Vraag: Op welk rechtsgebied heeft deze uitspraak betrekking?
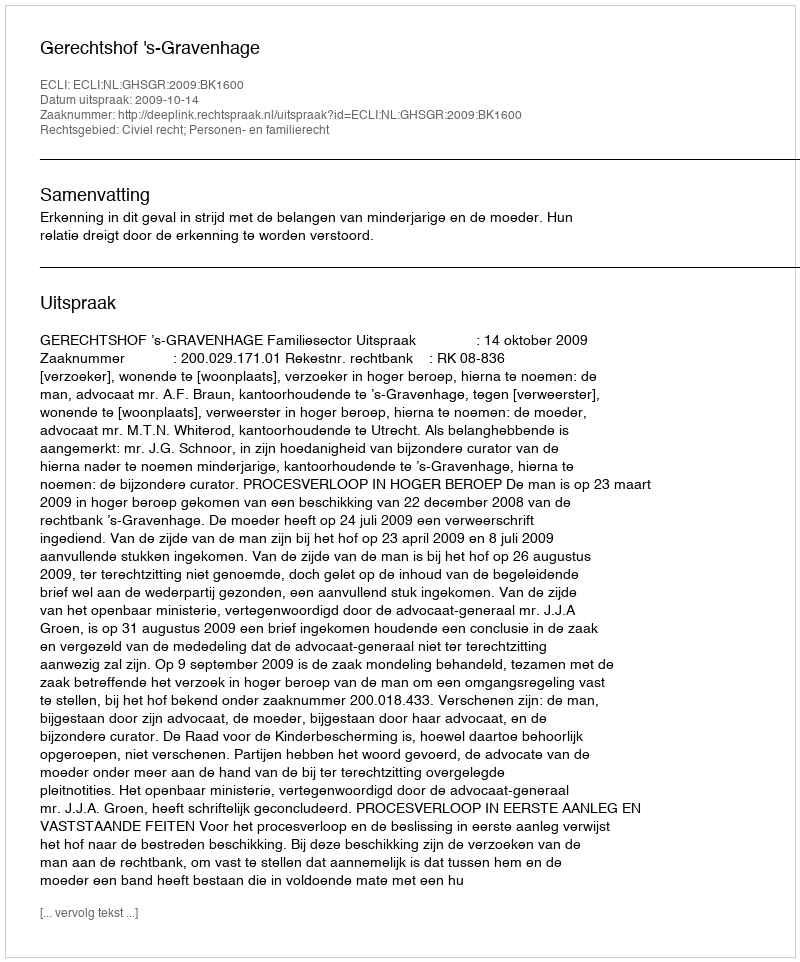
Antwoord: Civiel recht; Personen- en familierecht